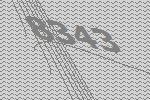
8343